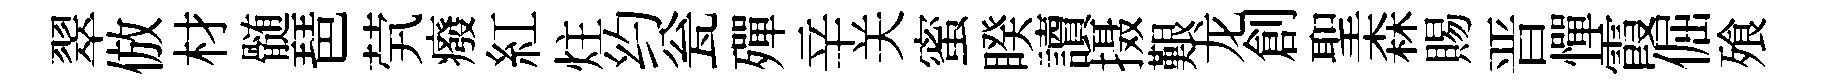
翠倣材髄琶茕癈紅炷约瓮殫辛关蜜睽讀摄艱龙創聖森賜晋憚霞倔飱